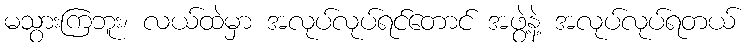
မသွားကြဘူး၊ လယ်ထဲမှာ အလုပ်လုပ်ရင်တောင် အဖွဲ့နဲ့ အလုပ်လုပ်ရတယ်